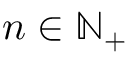
n \in \mathbb { N } _ { + }